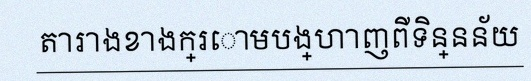
តារាងខាងក្រោមបង្ហាញពីទិន្នន័យ